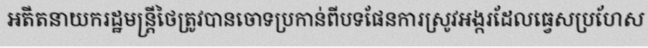
អតីតនាយករដ្ឋមន្ត្រីថៃត្រូវបានចោទប្រកាន់ពីបទផែនការស្រូវអង្ករដែលធ្វេសប្រហែស